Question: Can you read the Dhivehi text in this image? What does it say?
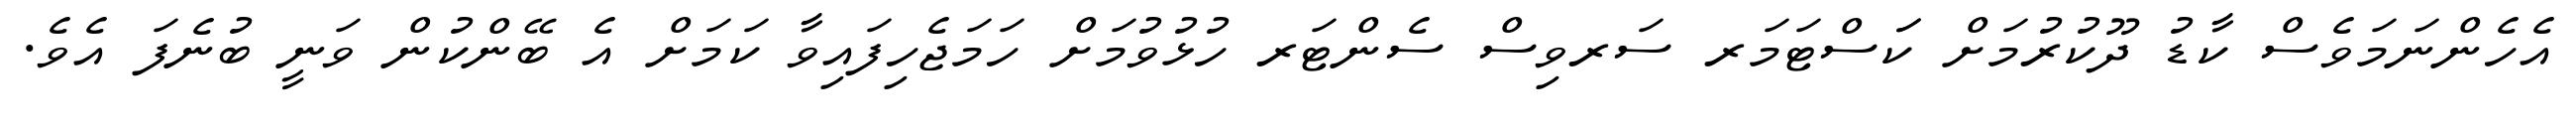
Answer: އެހެންނަމަވެސް ކާޑު ދޫކުރުމަށް ކަަސްޓަމަރ ސަރވިސް ސެންޓަރ ހުޅުވުމަށް ހަމަޖެހިފައިވާ ކަމަށް އެ ބޭންކުން ވަނީ ބުނެފަ އެވެ.